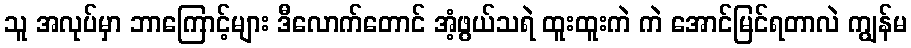
သူ အလုပ်မှာ ဘာကြောင့်များ ဒီလောက်တောင် အံ့ဖွယ်သရဲ ထူးထူးကဲ ကဲ အောင်မြင်ရတာလဲ ကျွန်မ